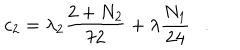
c _ { 2 } = \lambda _ { 2 } \frac { 2 + N _ { 2 } } { 7 2 } + \lambda \frac { N _ { 1 } } { 2 4 } .